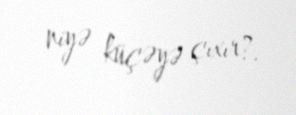
niyə küçəyə çıxır?.